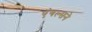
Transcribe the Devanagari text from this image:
एंगल्सने